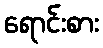
ရောင်းစား